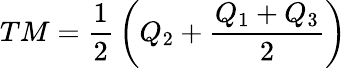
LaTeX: TM={\frac{1}{2}}\left(Q_{2}+{\frac{Q_{1}+Q_{3}}{2}}\right)